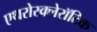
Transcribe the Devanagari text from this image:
एथरोस्क्लेरॉटिक